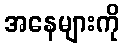
အနေများကို